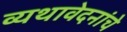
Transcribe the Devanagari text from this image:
व्यथावेदनांचे